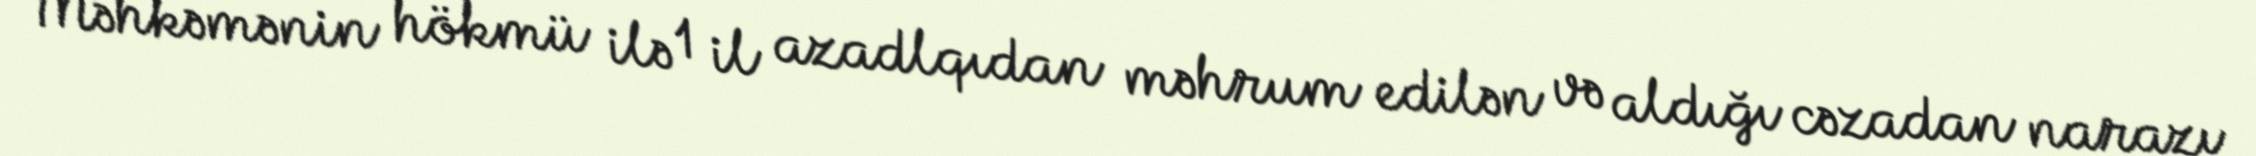
Məhkəmənin hökmü ilə 1 il azadlqıdan məhrum edilən və aldığı cəzadan narazı